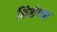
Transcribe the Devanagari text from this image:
शिसेच्या